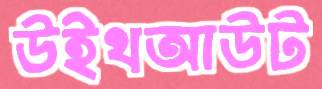
উইথআউট